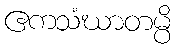
ဧကသံဃာတမ္ပိ